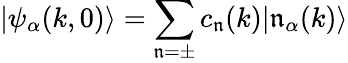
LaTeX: |\psi_{\alpha}(k,0)\rangle=\sum_{\mathfrak{n}=\pm}c_{\mathfrak{n}}(k)|\mathfrak{n}_{\alpha}(k)\rangle